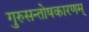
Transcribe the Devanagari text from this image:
गुरुसन्तोषकारणम्